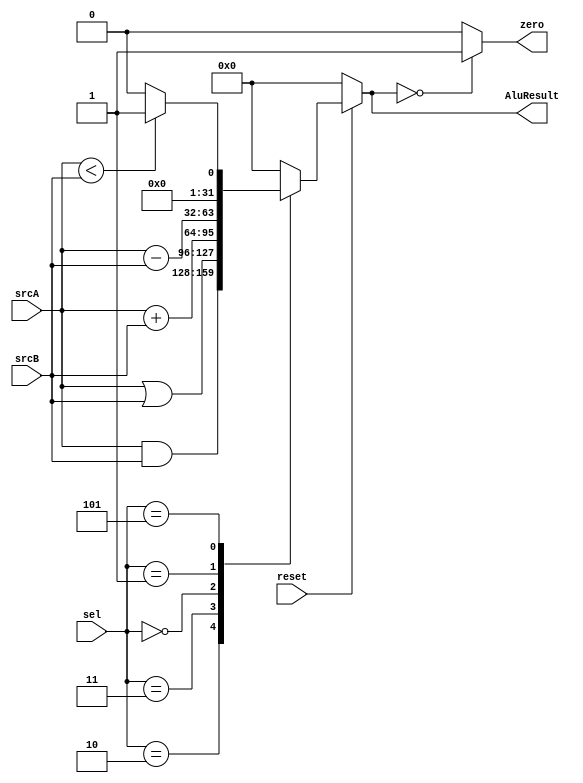
module alu (
input wire [31:0] srcA,srcB,
output reg [31:0] AluResult ,
input wire [2:0] sel,
input wire reset, 
output wire zero
);

always @(*)
    begin 
        if (!reset)
        begin 
            AluResult=32'h00000000;
        end
        else
            begin
                case (sel)
                3'b010:AluResult =srcA & srcB;
                3'b011:AluResult =srcA | srcB;
                3'b000:AluResult =srcA + srcB;
                3'b001:AluResult =srcA - srcB;
                3'b101:AluResult =(srcA<srcB)? 1: 0;
                default: AluResult =32'h00000000 ;

                endcase

            end
    end
    
assign zero=(AluResult==0)? 1: 0;

endmodule